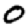
Digit: 0